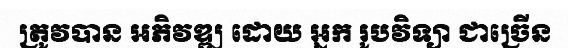
ត្រូវបាន អភិវឌ្ឍ ដោយ អ្នក រូបវិទ្យា ជាច្រើន